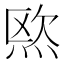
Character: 𱫓